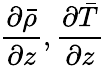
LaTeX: \frac{\partial\bar{\rho}}{\partial z},\frac{\partial\bar{T}}{\partial z}